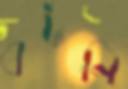
বটনি